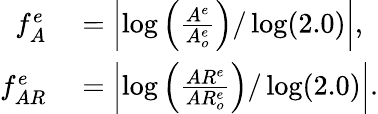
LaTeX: \begin{array}{rl}{f_{A}^{e}}&{{}=\left\lvert\log\left(\frac{A^{e}}{A_{o}^{e}}\right)/\log(2.0)\right\rvert,}\\ {f_{AR}^{e}}&{{}=\left\lvert\log\left(\frac{AR^{e}}{AR_{o}^{e}}\right)/\log(2.0)\right\rvert.}\end{array}